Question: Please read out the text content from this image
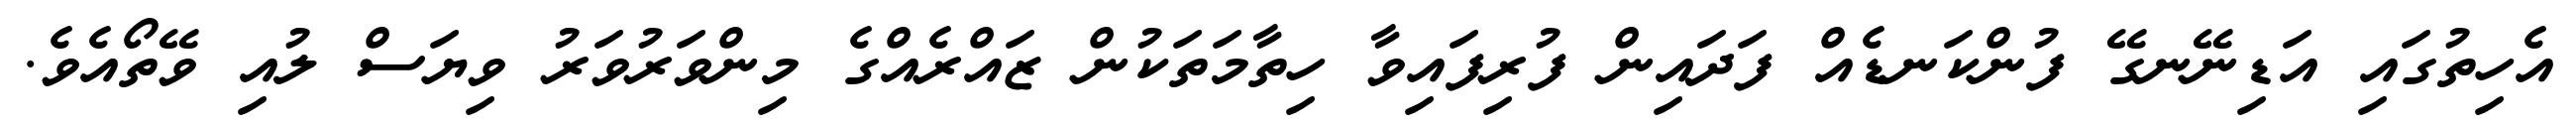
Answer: އެހިތުގައި އަޑިނޭނގޭ ފުންކަނޑެއް ފަދައިން ފުރިފައިވާ ހިތާމަތަކުން ޒައްރެއްގެ މިންވަރުވަރު ވިޔަސް ލުއި ވޭތޯއެވެ.